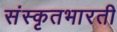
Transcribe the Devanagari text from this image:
संस्कृतभारती